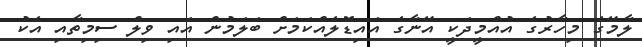
ލާމޭގެ މިހާރުގެ އުއްމީދަކީ އޭނާގެ އައިޑޮލެއްކަމަށް ބަލަމުން އައި ވިލް ސިމިތާއި އެކު